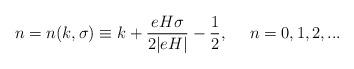
LaTeX: \begin{align*}n = n(k,\sigma) \equiv k + \frac{e H \sigma}{2 |e H|} - \frac{1}{2},~~~~n = 0, 1, 2, ...\end{align*}